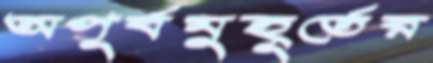
অপূর্বমুহূর্তের